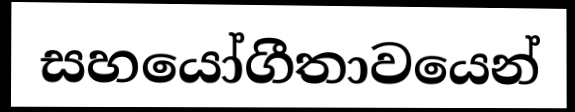
සහයෝගීතාවයෙන්